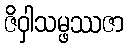
ဇိဝှါသမ္ဖဿဇာ